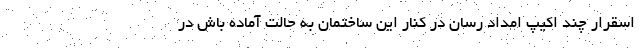
اسقرار چند اکیپ امداد رسان در کنار این ساختمان به حالت آماده باش در